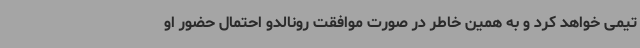
تیمی خواهد کرد و به همین خاطر در صورت موافقت رونالدو احتمال حضور او